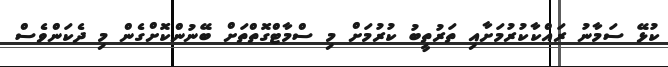
ކުޅޭ ސަމާނު ރައްކާކުރުމަށާއި ތަރުތީބު ކުރުމަށް މި ސްމާޓްގޮތްތަށް ބޭނުންކޮށްގެން މި ދެކަންވެސް